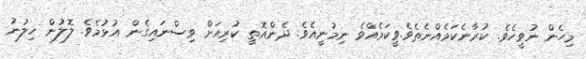
މިހެން ނުވީހެވެ. ކުރާނެކަމެއްނެތެވެ.ވީކަމެއްވެ ނިމުނީއެވެ. ދެންއޮތީ ކުރިއަށް ވިސްނައިގެން އުޅުމެވެ. ލޮލުން ހިލުނު